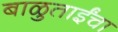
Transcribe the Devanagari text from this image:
बाळुताईंचा